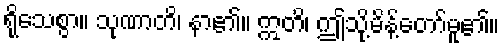
ရိုသေစွာ။ သုဏာတိ၊ နာ၏။ ဣတိ၊ ဤသို့မိန့်တော်မူ၏။